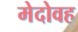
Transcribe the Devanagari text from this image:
मेदोवह